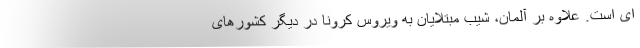
ای است. علاوه بر آلمان، شیب مبتلایان به ویروس کرونا در دیگر کشورهای